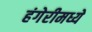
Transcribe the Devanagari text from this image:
हंगेरीमध्ये